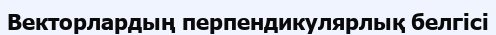
Векторлардың перпендикулярлық белгісі